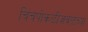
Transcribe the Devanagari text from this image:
चिंचपोकळीजवळच्या